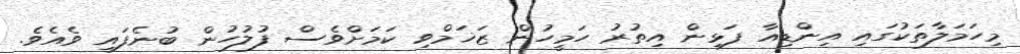
މިހަމަލާތަކުގައި އިންޑިއާ ފަޅިން އިތުރު ހަމީހުން ޒަޚަމްވި ކަމަށްވެސް ފުލުހުން ބުނެފައި ވެއެވެ.